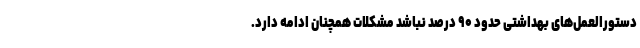
دستورالعمل‌های بهداشتی حدود ۹۰ درصد نباشد مشکلات همچنان ادامه دارد.